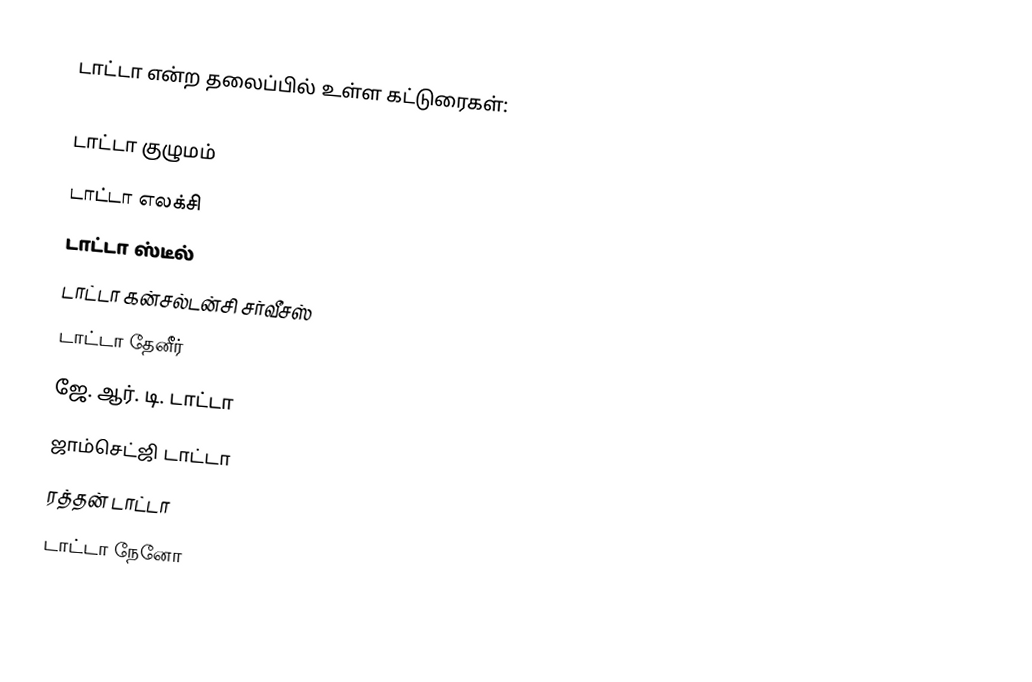
டாட்டா என்ற தலைப்பில் உள்ள கட்டுரைகள்:

டாட்டா குழுமம்
டாட்டா எலக்சி
டாட்டா ஸ்டீல்
டாட்டா கன்சல்டன்சி சர்வீசஸ்
டாட்டா தேனீர்
ஜே. ஆர். டி. டாட்டா
ஜாம்செட்ஜி டாட்டா
ரத்தன் டாட்டா
டாட்டா நேனோ